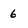
Character: 6